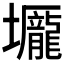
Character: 𡓺